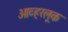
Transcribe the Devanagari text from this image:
ओव्हरलूक